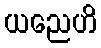
ယညေဟိ